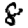
Digit: 8